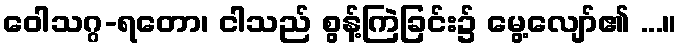
ဝေါသဂ္ဂ-ရတော၊ ငါသည် စွန့်ကြဲခြင်း၌ မွေ့လျော်၏ ...။